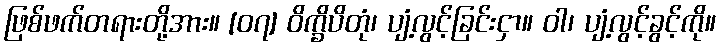
ဖြစ်ဖက်တရားတို့အား။ [၀၇] ဝိက္ခိပိတုံ၊ ပျံ့လွင့်ခြင်းငှာ။ ဝါ၊ ပျံ့လွင့်ခွင့်ကို။